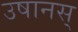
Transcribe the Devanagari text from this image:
उषानस्‌